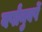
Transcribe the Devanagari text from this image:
वर्षांनुवर्षे